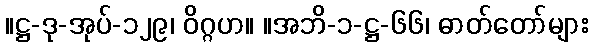
။ဋ္ဌ-ဒု-အုပ်-၁၂၉၊ ဝိဂ္ဂဟ။ ။အဘိ-၁-ဋ္ဌ-၆၆၊ ဓာတ်တော်များ